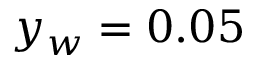
y _ { w } = 0 . 0 5